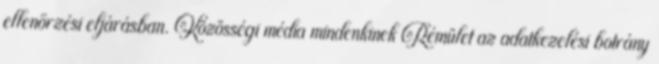
ellenőrzési eljárásban. Közösségi média mindenkinek Rémület az adatkezelési botrány